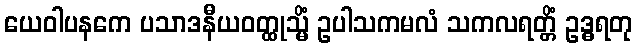
ယေဝါပနကေ ပသာဒနီယဝတ္ထုသ္မိံ ဥပါသကမလံ သကလရတ္တိံ ဥဒ္ဓရတု